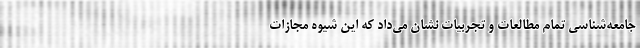
جامعه‌شناسی تمام مطالعات و تجربیات نشان می‌داد که این شیوه مجازات